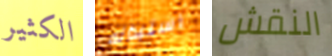
الكثير استبداله النقش